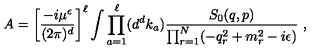
A = \left[ { \frac { - i \mu ^ { \epsilon } } { ( 2 \pi ) ^ { d } } } \right] ^ { \ell } \int \prod _ { a = 1 } ^ { \ell } ( d ^ { d } k _ { a } ) { \frac { S _ { 0 } ( q , p ) } { \prod _ { r = 1 } ^ { N } ( - q _ { r } ^ { 2 } + m _ { r } ^ { 2 } - i \epsilon ) } } \ ,